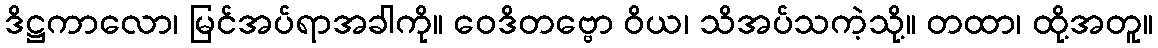
ဒိဋ္ဌကာလော၊ မြင်အပ်ရာအခါကို။ ဝေဒိတဗ္ဗော ဝိယ၊ သိအပ်သကဲ့သို့။ တထာ၊ ထို့အတူ။